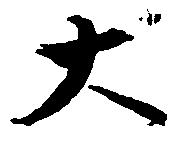
大